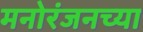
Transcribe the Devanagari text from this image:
मनोरंजनच्या